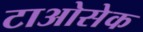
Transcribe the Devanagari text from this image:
टाओसेक